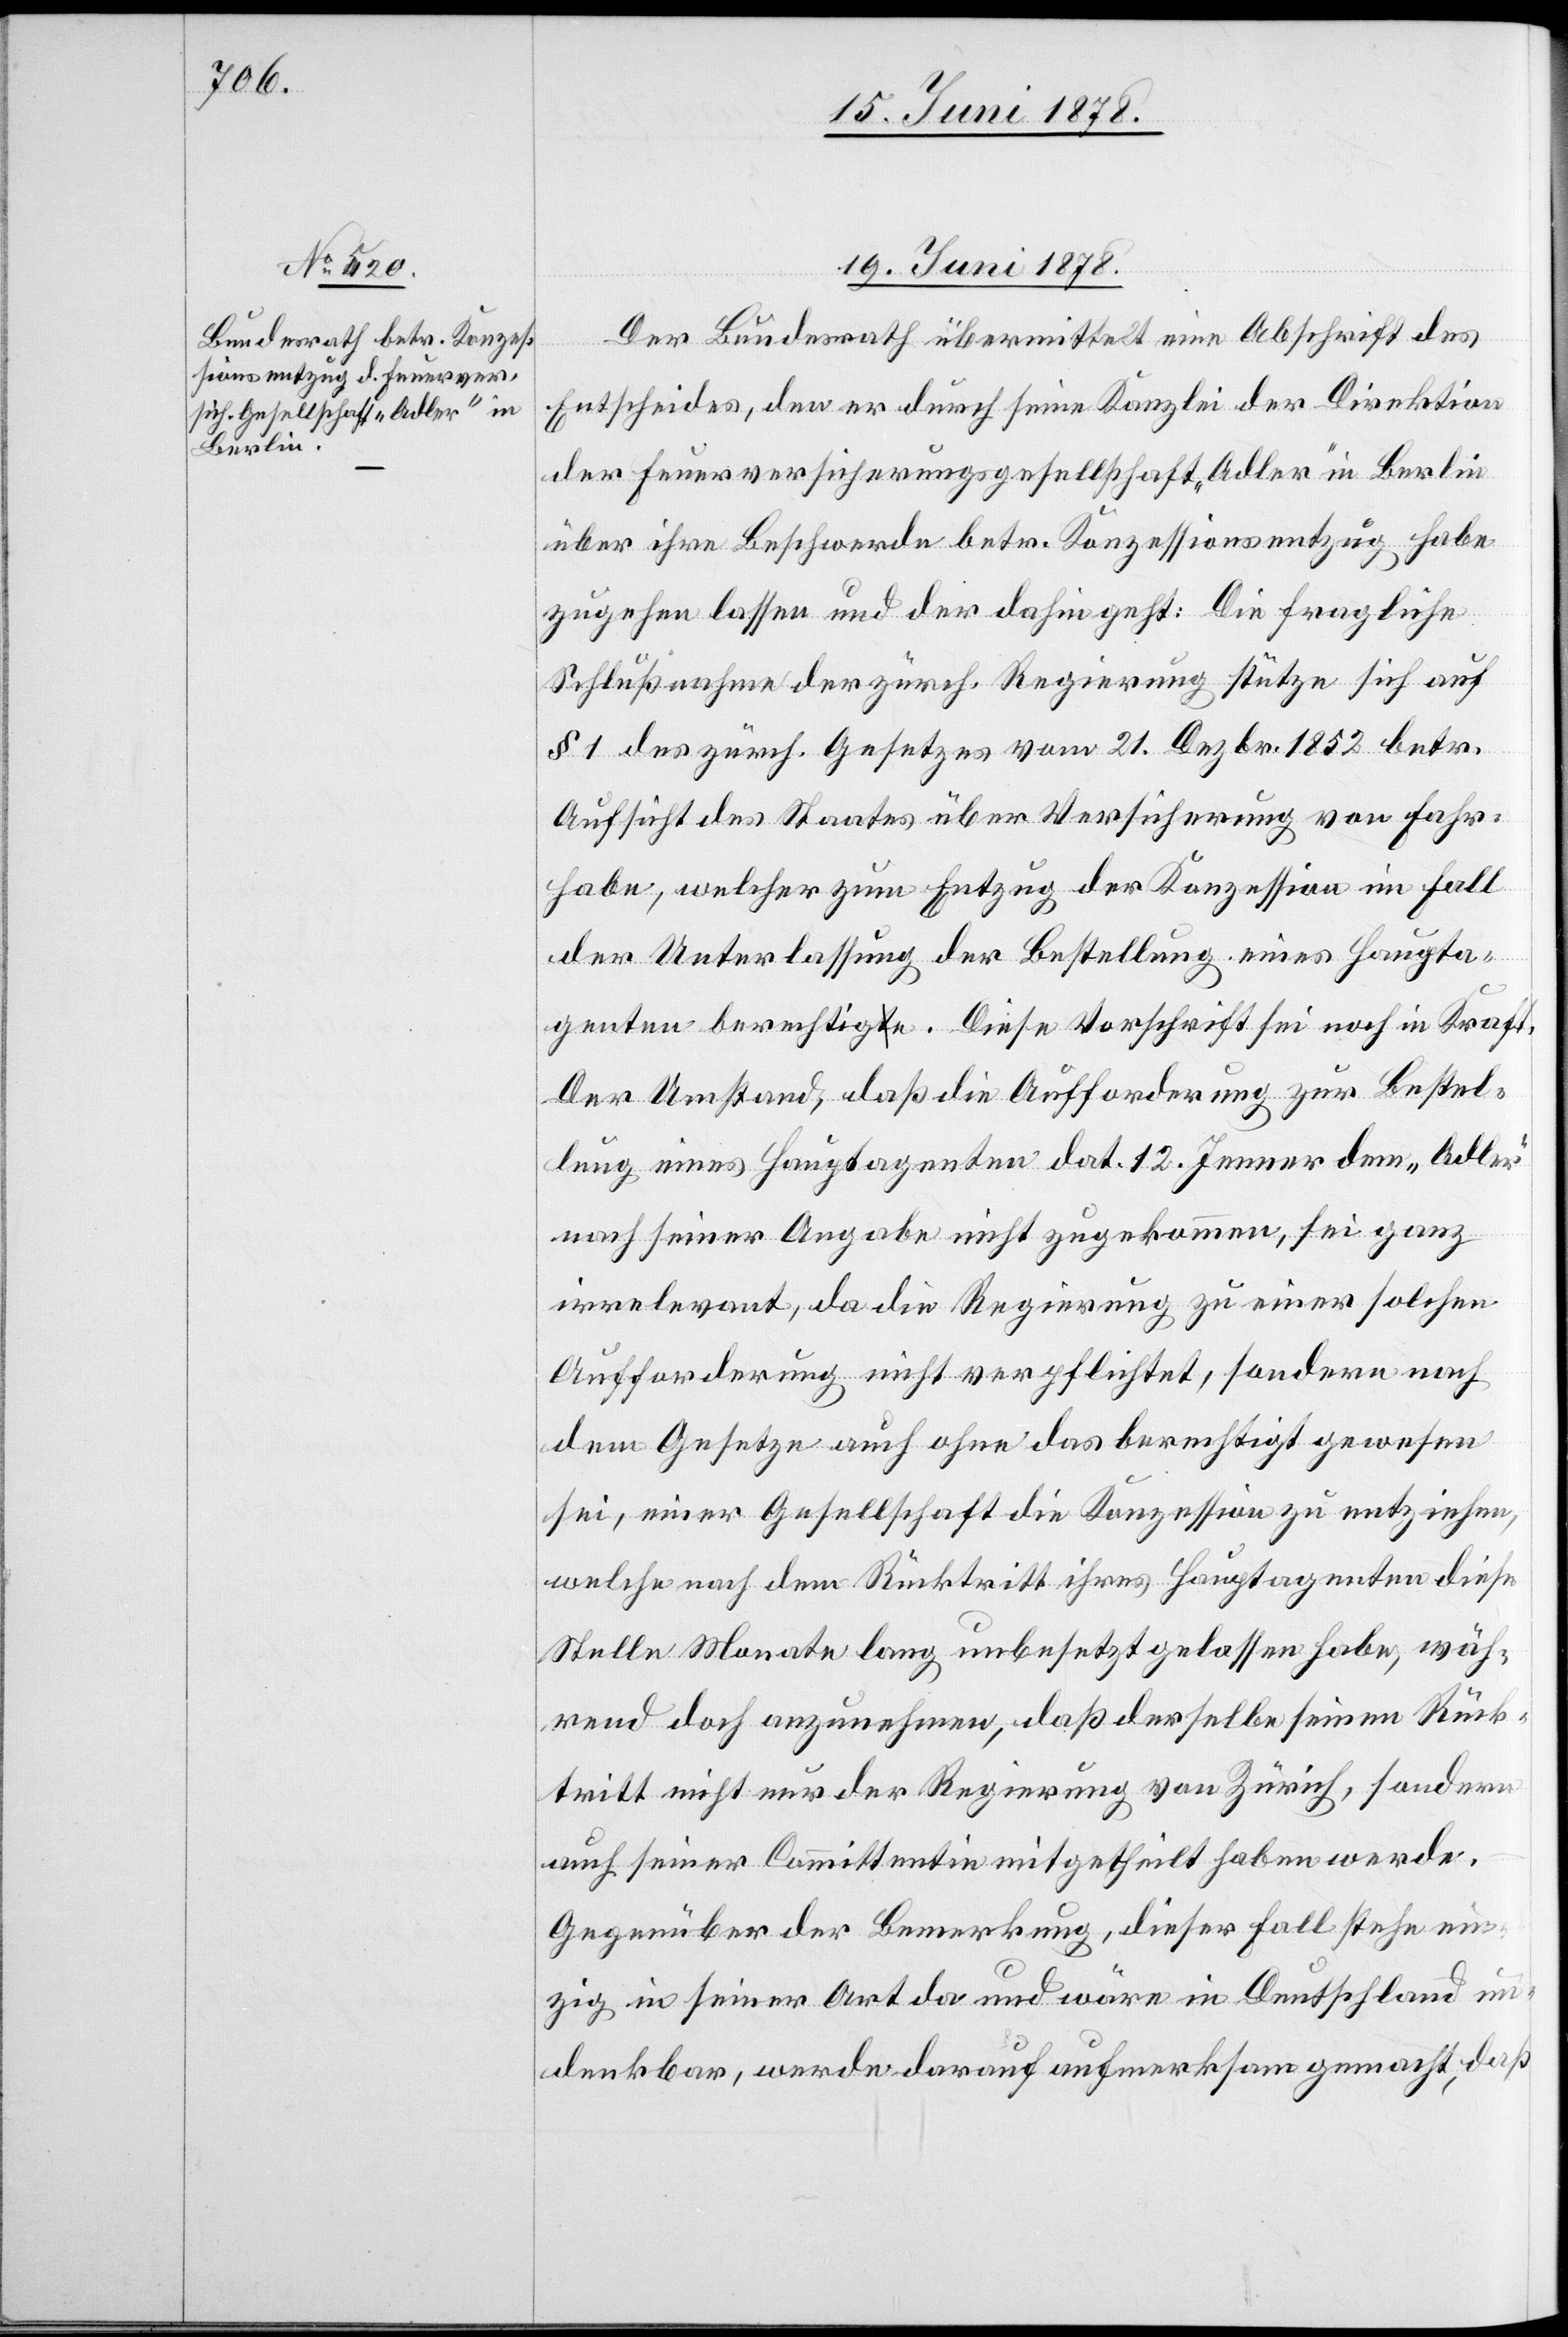
19. Juni 1878.
Der Bundesrath übermittelt eine Abschrift des
Entscheides, den er durch seine Kanzlei der Direktion
der Feuerversicherungsgesellschaft „Adler“ in Berlin
über ihre Beschwerde betr. Konzessionsentzug habe
zugehen lassen und der dahin geht: Die fragliche
Schlußnahme der zürch. Regierung stütze sich auf
§ 1 des zürch. Gesetzes vom 21. Dezbr. 1852 betr.
Aufsicht des Staates über Versicherung von Fahr¬
habe, welcher zum Entzug der Konzession im Fall
der Unterlassung der Bestellung eines Haupta¬
genten berechtige. Diese Vorschrift sei noch in Kraft.
Der Umstand, daß die Aufforderung zur Bestel¬
lung eines Hauptagenten dat. 12. Jenner dem „Adler“
nach seiner Angabe nicht zugekommen, sei ganz
irrelevant, da die Regierung zu einer solchen
Aufforderung nicht verpflichtet, sondern nach
dem Gesetze auch ohne das berechtigt gewesen
sei, einer Gesellschaft die Konzession zu entziehen,
welche nach dem Rücktritt ihres Hauptagenten diese
Stelle Monate lang unbesetzt gelassen habe, wäh¬
rend doch anzunehmen, daß derselbe seinen Rück¬
tritt nicht nur der Regierung von Zürich, sondern
auch seiner Committentin mitgetheilt haben werde.
Gegenüber der Bemerkung, dieser Fall stehe ein¬
zig in seiner Art da und wäre in Deutschland un¬
denkbar, werde darauf aufmerksam gemacht, daß